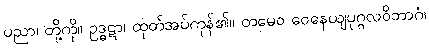
ပညာ၊ တို့ကို။ ဥဒ္ဓဋာ၊ ထုတ်အပ်ကုန်၏။ တမေဝ ဝေနေယျပုဂ္ဂလဝိဘာဂံ၊